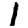
Digit: 1